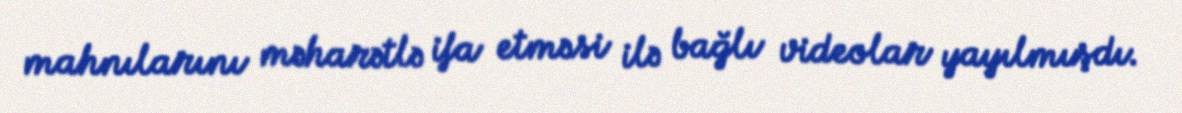
mahnılarını məharətlə ifa etməsi ilə bağlı videolar yayılmışdı.